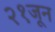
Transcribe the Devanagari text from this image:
२१जून